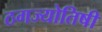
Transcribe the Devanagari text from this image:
ठगज्योतिषी